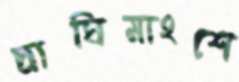
দ্রাঘিমাংশে